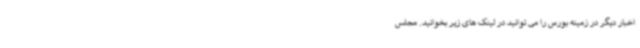
اخبار دیگر در زمینه بورس را می توانید در لینک های زیر بخوانید. مجلس